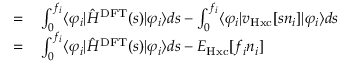
\begin{array} { r l } { = } & { { } \int _ { 0 } ^ { f _ { i } } \langle \varphi _ { i } | \hat { H } ^ { \mathrm { D F T } } ( s ) | \varphi _ { i } \rangle d s - \int _ { 0 } ^ { f _ { i } } \langle \varphi _ { i } | v _ { \mathrm { H x c } } [ s n _ { i } ] | \varphi _ { i } \rangle d s } \\ { = } & { { } \int _ { 0 } ^ { f _ { i } } \langle \varphi _ { i } | \hat { H } ^ { \mathrm { D F T } } ( s ) | \varphi _ { i } \rangle d s - E _ { \mathrm { H x c } } [ f _ { i } n _ { i } ] } \end{array}